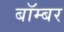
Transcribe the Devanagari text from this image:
बाॅम्बर